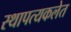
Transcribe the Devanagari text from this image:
स्थापत्यकलेत